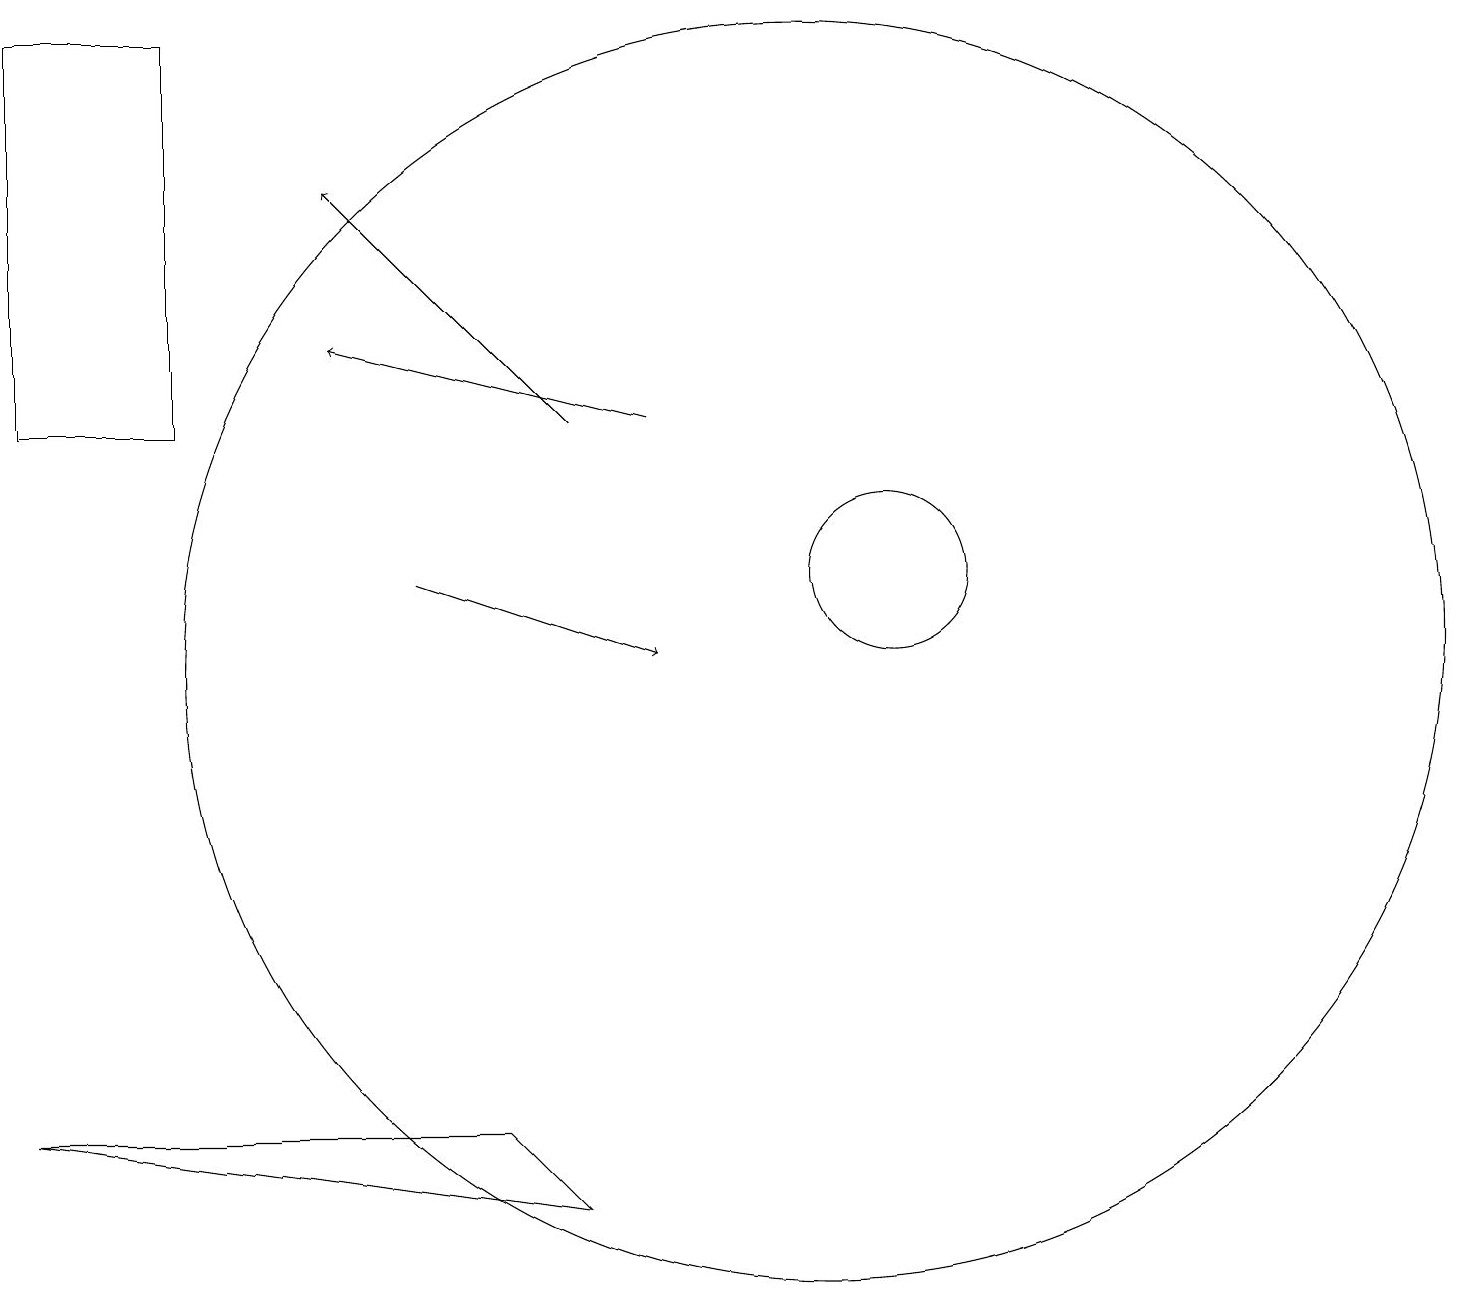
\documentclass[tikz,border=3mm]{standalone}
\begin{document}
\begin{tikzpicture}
\draw (8,3) -- (7,4) -- (1,4) -- cycle;
\draw[->] (6,11) -- (9,10);
\draw[->] (9,13) -- (5,14);
\draw (12,11) circle (1);
\draw (3,18) rectangle (1,13);
\draw[->] (8,13) -- (5,16);
\draw (7,11) rectangle (7,11);
\draw (11,10) circle (8);
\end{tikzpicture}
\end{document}